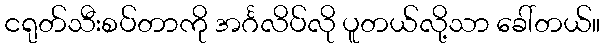
ငရုတ်သီးစပ်တာကို အင်္ဂလိပ်လို ပူတယ်လို့သာ ခေါ်တယ်။